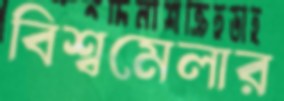
বিশ্বমেলার